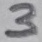
Text: 3